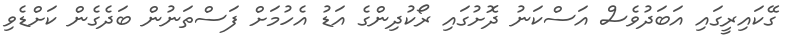
ގޭކައިރީގައި އަބަދުވެސް އަސްކަނު ދޮށުގައި ރޯކުދިންގެ އަޑު އެހުމަށް ފަސްތަނުން ބަދެގެން ކަށްޑެވި